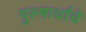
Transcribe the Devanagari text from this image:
पुरुषार्थाचे